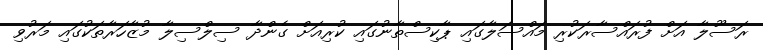
ރަސޫލާ އަށް ފުރައްސާރަކުރި މައްސަލާގައި ޕާކިސްތާނުގައި ކުރިއަށް ގެންދާ ސިލްސިލާ މުޒާހަރާތަކުގައި މަރުވި